Report on vaccination in Madras 1895-1903 - 1895-1903
Year: 1895
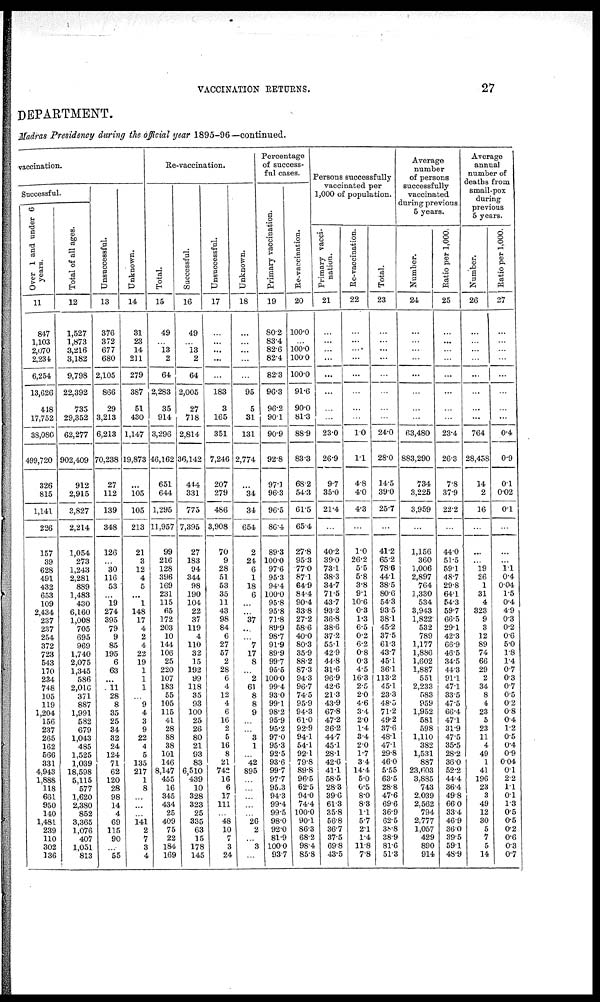
VACCINATION RETURNS.
27
DEPARTMENT.
Madras Presidency during the official year 1895-96—continued.
vaccination.
Successful.
Over 1 and under 6
years.
11
847
1,103
2,070
2,231
6,254
13,626
448
17,752
38,080
499,720
326
815
1,141
226
157
39
628
491
432
653
109
2,434
237
237
254
372
723
543
170
234
748
105
119
1,204
156
237
265
162
566
331
4,943
1,888
118
661
950
140
1,481
239
110
302
136
Total of all ages.
12
1,527
1,873
3,216
3,182
9,798
22,392
735
29,352
62,277
902,409
912
2,915
3,827
2,214
1,054
273
1,243
2,281
889
1,483
430
6,160
1,008
705
695
969
1,740
2,075
1,345
586
2,016
371
887
1,991
582
679
1,043
485
1,525
1,039
18,598
5,115
577
1,620
2,380
852
3,365
1,076
407
1,051
813
Unsuccessful.
13
376
372
677
680
2,105
866
29
3,213
6,213
70,238
27
112
139
348
126
...
30
116
53
...
19
274
395
79
9
85
195
6
63
...
11
28
8
35
25
34
32
24
124
71
62
120
28
98
14
4
69
115
90
...
55
Unknown.
14
31
23
14
211
279
387
51
430
1,147
19,873
...
105
105
213
21
3
12
4
5
...
1
148
17
4
2
4
22
19
1
1
1
...
9
4
3
9
22
4
5
135
217
1
8
...
...
...
141
2
7
3
4
Re-vaccination.
Total.
15
49
...
13
2
64
2,283
35
914
3,296
46,162
651
644
1,295
11,957
99
216
128
396
169
231
115
65
172
203
10
144
106
25
220
107
183
55
105
115
41
28
88
38
101
146
8,147
455
16
345
434
25
409
75
22
184
169
Successful.
16
49
...
13
2
64
2,005
27
718
2,814
36,142
444
331
775
7,395
27
183
94
344
98
190
104
22
37
119
4
110
32
15
192
99
118
35
93
100
25
26
80
21
93
83
6,510
439
10
328
323
25
335
63
15
178
145
Unsuccessful.
17
...
...
...
...
...
183
3
165
351
7,246
207
279
486
3,908
70
9
28
51
53
35
11
43
98
84
6
27
57
2
28
6
4
12
4
6
16
2
5
16
8
21
742
16
6
17
111
...
48
10
7
3
24
Unknown.
18
...
...
...
...
...
95
5
31
131
2,774
...
34
34
654
2
24
6
1
18
6
...
...
37
...
...
7
17
8
...
2
61
8
8
9
...
...
3
1
...
42
895
...
...
...
...
...
26
2
...
3
...
Percentage
of success¬
ful cases.
Primary vaccination.
19
80.2
83.4
82.6
82.4
82.3
96.3
96.2
90.1
90.9
92.8
97.1
96.3
96.5
86.4
89.3
100.0
97.6
95.3
94.4
100.0
95.8
95.8
71.8
89.9
98.7
91.9
89.9
99.7
95.5
100.0
99.4
93.0
99.1
98.2
95.9
95.2
97.0
95.3
92.5
93.6
99.7
97.7
95.3
94.3
99.4
99.5
98.0
92.0
81.9
100.0
93.7
Re-vaccination.
20
100.0
...
100.0
100.0
100.0
91.6
90.0
81.3
88.9
83.3
68.2
54.3
61.5
65.4
27.8
95.3
77.0
87.1
64.9
84.4
90.4
33.8
27.2
58.6
40.0
80.3
35.9
88.2
87.3
94.3
96.7
74.5
95.9
94.3
61.0
92.9
94.1
54.1
92.1
79.8
89.8
96.5
62.5
94.0
74.4
100.0
90.1
86.3
68.2
98.4
85.8
Persons successfully
vaccinated per
1,000 of population.
Primary vacci-
nation.
21
...
...
...
...
...
...
...
...
23.0
26.9
9.7
35.0
21.4
...
40.2
39.0
73.1
38.3
34.7
71.5
43.7
93.2
36.8
38.6
37.2
55.1
42.9
44.8
31.6
96.9
42.6
21.3
43.9
67.8
47.2
36.2
44.7
45.1
28.1
42.6
41.1
58.5
28.3
39.6
61.3
35.8
56.8
36.7
37.5
69.8
43.5
Re-vaccination.
22
...
...
...
...
...
...
...
...
1.0
1.1
4.8
4.0
4.3
...
1.0
26.2
5.5
5.8
3.8
9.1
10.6
0.3
1.3
6.5
0.2
6.2
0.8
0.3
4.5
16.3
2.5
2.0
4.6
3.4
2.0
1.4
3.4
2.0
1.7
3.4
14.4
5.0
0.5
8.0
8.3
1.1
5.7
2.1
1.4
11.8
7.8
Total.
23
...
...
...
...
...
...
...
...
24.0
28.0
14.5
39.0
25.7
...
41.2
65.2
78.6
44.1
38.5
80.6
54.3
93.5
38.1
45.2
37.5
61.3
43.7
45.1
36.1
113.2
45.1
23.3
48.5
71.2
49.2
37.6
48.1
47.1
29.8
46.0
55.5
63.5
28.8
47.6
69.6
36.9
62.5
38.8
38.9
81.6
51.3
Average
number
of persons
successfully
vaccinated
during previous
5 years.
Number.
24
...
...
...
...
...
...
...
...
63,480
883,290
734
3,225
3,959
...
1,156
360
1,006
2,897
764
1,330
534
3,943
1,822
532
789
1,177
1,886
1,602
1,887
551
2,233
583
959
1,952
581
598
1,110
382
1,531
887
23,603
3,885
743
2,039
2,562
794
2,777
1,057
429
890
914
Ratio per 1,000.
25
...
...
...
...
...
...
...
...
23.4
26.3
7.8
37.9
22.2
...
44.0
51.5
59.1
48.7
29.8
64.1
54.3
59.7
66.5
29.1
42.3
66.9
46.5
34.5
44.3
91.1
47.1
33.5
47.5
66.4
47.1
31.9
47.5
35.5
28.2
36.0
52.2
44.4
36.4
49.8
66.0
33.4
46.9
36.0
39.5
59.1
48.9
Average
annual
number of
deaths from
small-pox
during
previous
5 years.
Number.
26
...
...
...
...
...
...
...
...
764
28,458
14
2
16
...
...
...
19
26
1
31
4
323
9
3
12
89
74
66
29
2
34
8
4
23
5
23
11
4
49
1
41
196
23
3
49
12
30
5
7
5
14
Ratio per 1,000.
27
...
...
...
...
...
...
...
...
0.4
0.9
0.1
0.02
0.1
...
...
...
1.1
0.4
0.04
1.5
0.4
4.9
0.3
0.2
0.6
5.0
1.8
1.4
0.7
0.3
0.7
0.5
0.2
0.8
0.4
1.2
0.5
0.4
0.9
0.04
0.1
2.2
1.1
0.1
1.3
0.5
0.5
0.2
0.6
0.3
0.7